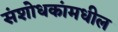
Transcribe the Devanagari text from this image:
संशोधकांमधील